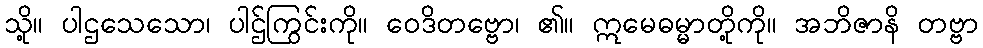
သို့။ ပါဌသေသော၊ ပါဌ်ကြွင်းကို။ ဝေဒိတဗ္ဗော၊ ၏။ ဣမေဓမ္မာတို့ကို။ အဘိဇာနိ တဗ္ဗာ